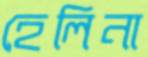
হেলিনা